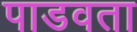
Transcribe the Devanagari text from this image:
पाडवता